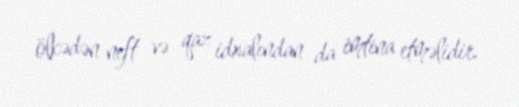
ölkədən neft və qaz idxalından da imtina etməlidir.